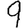
Digit: 9